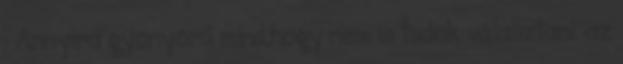
: Annyira gyönyörű mind,hogy nem is tudok választani. az